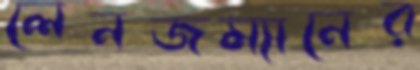
লেনজম্যানের